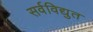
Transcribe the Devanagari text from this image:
सर्वविद्युत